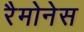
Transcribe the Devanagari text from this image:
रैमोनेस